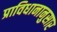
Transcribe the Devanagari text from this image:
प्राविधानानुसार